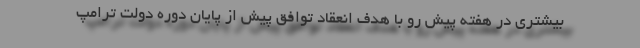
بیشتری در هفته پیش رو با هدف انعقاد توافق پیش از پایان دوره دولت ترامپ